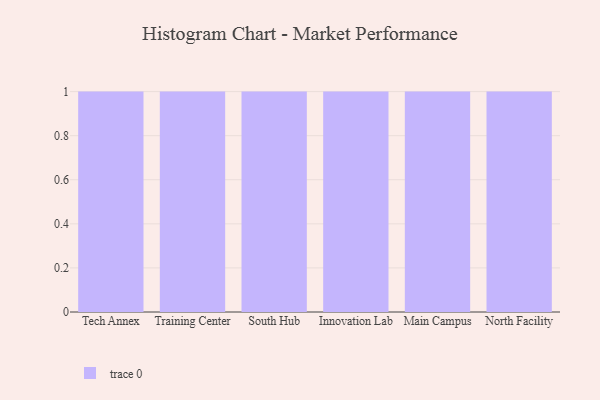
{"axis": {"x": "Campus", "y": "Bounce Rate (%)"}, "legend": [""], "data": [{"x": "Tech Annex", "y": 58, "type": ""}, {"x": "Training Center", "y": 24, "type": ""}, {"x": "South Hub", "y": 39, "type": ""}, {"x": "Innovation Lab", "y": 7, "type": ""}, {"x": "Main Campus", "y": 19, "type": ""}, {"x": "North Facility", "y": 51, "type": ""}]}